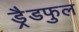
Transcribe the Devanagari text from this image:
ड्रैडफुल